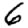
Digit: 6